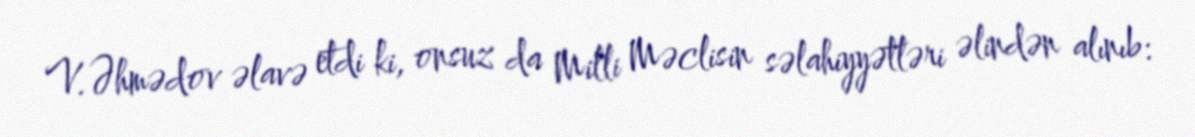
V.Əhmədov əlavə etdi ki, onsuz da Milli Məclisin səlahiyyətləri əlindən alınıb: